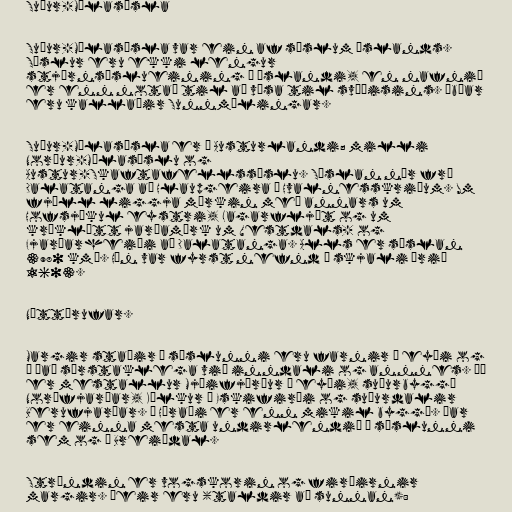
Suður-Múlasýsla

Suður-Múlasýsla var ein af sýslum Íslands.
Sýslur eru ekki lengur
stjórnsýslueining á Íslandi, en nafnið
er enn notað til að vísa til svæðisins. Íbúar
eru kallaðir Sunnmýlingar.

Suður-Múlasýsla er á Austurlandi; milli
Norður-Múlasýslu og
Austur-Skaftafellssýslu. Sýslan nær frá
Dalatanga að Hlaupgeira í Hvalnesskriðum. Um
fjöll liggja mörkin með annars um
Hofsjökul eystri, Lagarfljót og um
kræklótt jarðamörk um Vestdals- og
Fjarðarheiði að Dalatanga. Alls er sýslan
3980 km². Hún var fyrst nefnd í skjali árið
1603.

Náttúrufar.

Margir staðir í sýslunni eru farnir í eyði og
á það sérstaklega við inndali og annnes. Þá
er mestallur Mjóifjörður í eyði, suðurbyggð
Norðfjarðar, Kálkur í Eskifirði og suðurdalir
Berufjarðar. Á Héraði er enn mikil byggð. Þar
er einna mesta undirlendið í sýslunni
sem og í Breiðdal.

Ströndin er vogskorin og firðirnir
margir. Þeir eru (taldir að sunnan):